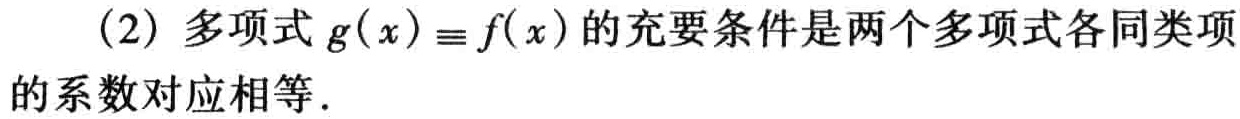
（2）多项式\(g(x)\equiv f(x)\)的充要条件是两个多项式各同类项的系数对应相等.